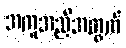
အကူအညီအတွက်